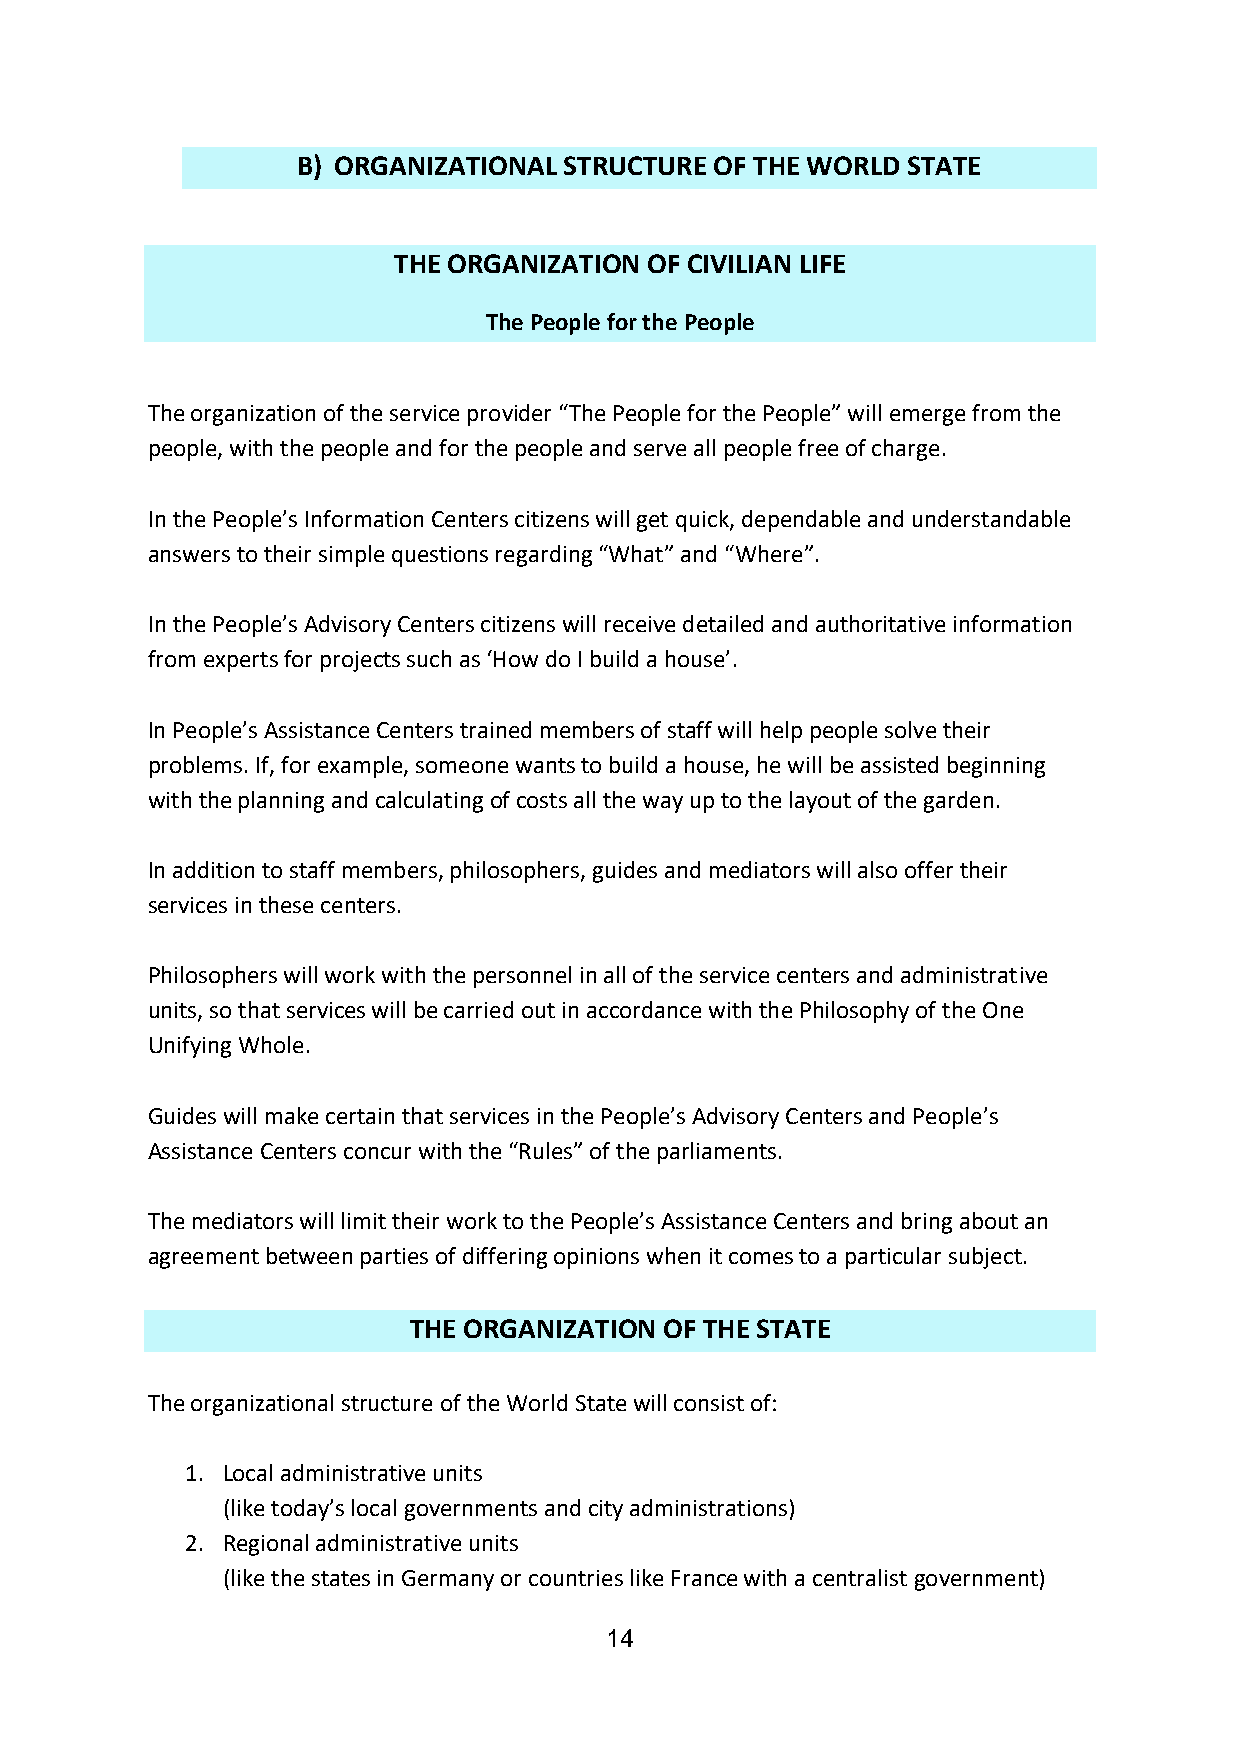
B) ORGANIZATIONAL STRUCTURE OF THE WORLD STATE
 THE ORGANIZATION OF CIVILIAN LIFE
 The People for the People
 The organization of the service provider “The People for the People” will emerge from the
 people, with the people and for the people and serve all people free of charge.
 In the People’s Information Centers citizens will get quick, dependable and understandable
 answers to their simple questions regarding “What” and “Where”.
 In the People’s Advisory Centers citizens will receive detailed and authoritative information
 from experts for projects such as ‘How do I build a house’.
 In People’s Assistance Centers trained members of staff will help people solve their
 problems. If, for example, someone wants to build a house, he will be assisted beginning
 with the planning and calculating of costs all the way up to the layout of the garden.
 In addition to staff members, philosophers, guides and mediators will also offer their
 services in these centers.
 Philosophers will work with the personnel in all of the service centers and administrative
 units, so that services will be carried out in accordance with the Philosophy of the One
 Unifying Whole.
 Guides will make certain that services in the People’s Advisory Centers and People’s
 Assistance Centers concur with the “Rules” of the parliaments.
 The mediators will limit their work to the People’s Assistance Centers and bring about an
 agreement between parties of differing opinions when it comes to a particular subject.
 THE ORGANIZATION OF THE STATE
 The organizational structure of the World State will consist of:
 1. Local administrative units
 (like today’s local governments and city administrations)
 2. Regional administrative units
 (like the states in Germany or countries like France with a centralist government)
 14